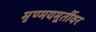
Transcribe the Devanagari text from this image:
मृण्मयमूर्तीवर